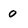
Character: 0